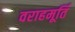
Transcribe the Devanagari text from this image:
वराहमूर्ति